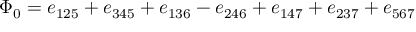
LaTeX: \Phi _ { 0 } = e _ { 1 2 5 } + e _ { 3 4 5 } + e _ { 1 3 6 } - e _ { 2 4 6 } + e _ { 1 4 7 } + e _ { 2 3 7 } + e _ { 5 6 7 }